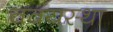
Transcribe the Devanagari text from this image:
ववयस्था